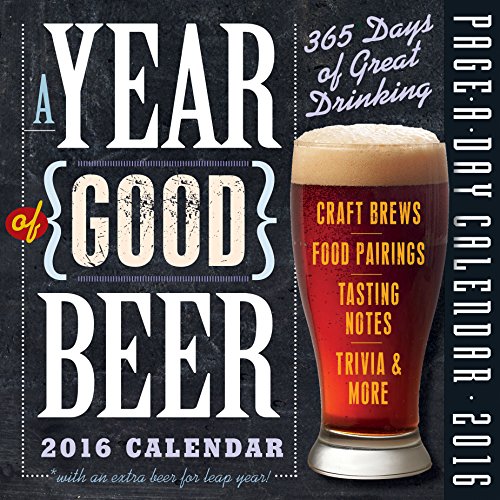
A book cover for A Year of Good Beer Page-A-Day Calendar 2016; Workman Publishing; Calendars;